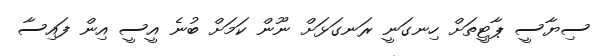
ސިޔާސީ ޕާޓީތަށް ހިނގަނީ ރަނގަޅަށް ނޫން ކަމަށް ބުނެ އީސީ އިން ފައިސާ